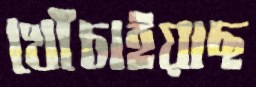
খোঁচাইয়াছ